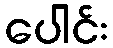
ပေါင်း